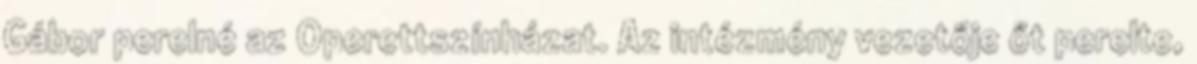
Gábor perelné az Operettszínházat. Az intézmény vezetője őt perelte,